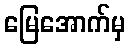
မြေအောက်မှ